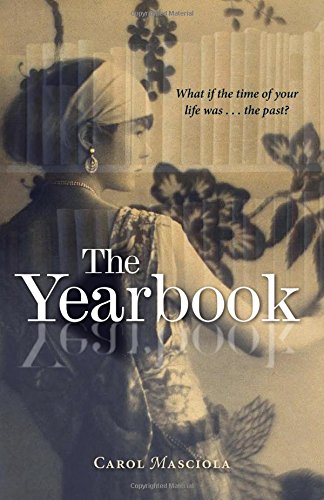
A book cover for The Yearbook; Carol Masciola; Teen & Young Adult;